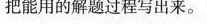
把能用的解题过程写出来。